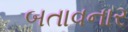
બતાવનાર